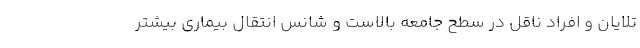
تلایان و افراد ناقل در سطح جامعه بالاست و شانس انتقال بیماری بیشتر